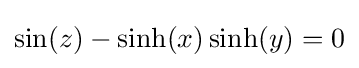
\sin(z)-\sinh(x)\sinh(y)=0